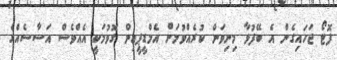
ފޮޓޯ ޖަހައިގެން އެ ބޭފުޅާ މިނިވަން ކުރެއްވުމަށް އެމްޑީޕީއިން ގޮވުމަކީ އެއްވެސް އަސާސެއްގެ